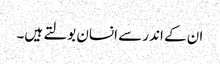
ان کے اندر سے انسان بولتے ہیں۔